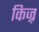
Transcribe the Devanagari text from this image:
किज़्र